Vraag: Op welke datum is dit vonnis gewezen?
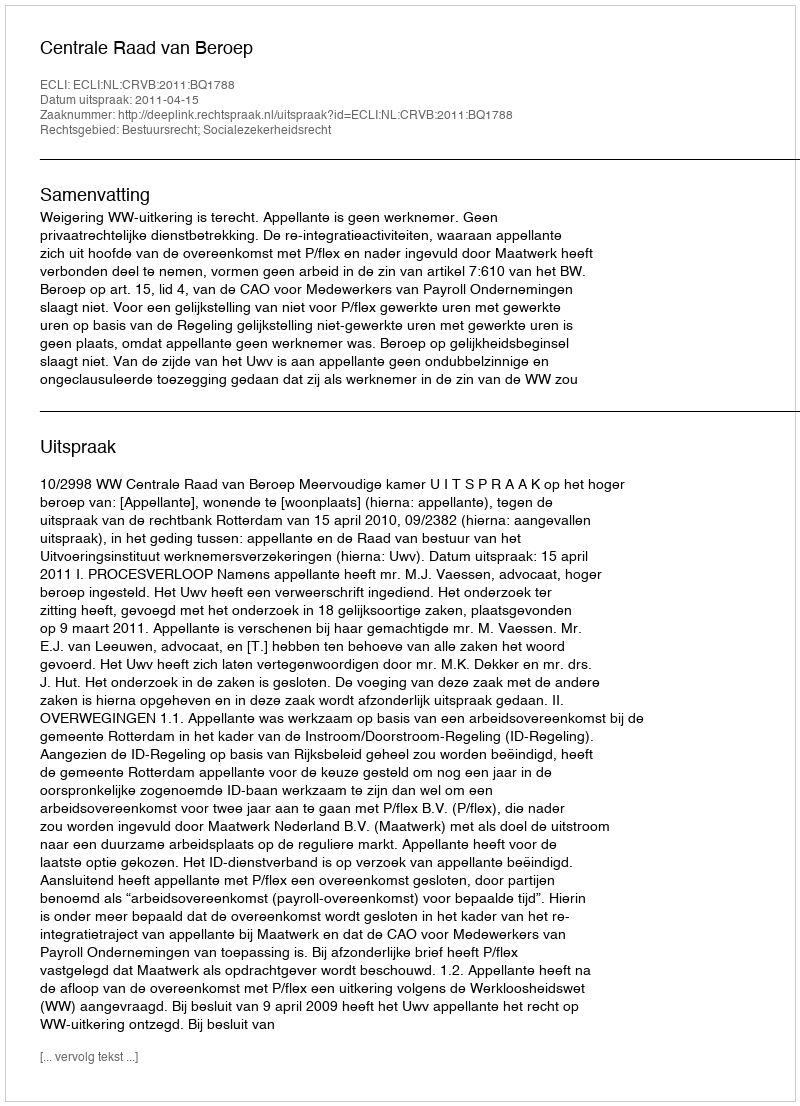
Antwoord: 2011-04-15